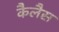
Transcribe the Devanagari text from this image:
कैलैस